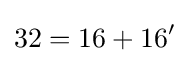
{\text{32}}={\text{16}}+{\text{16}}'